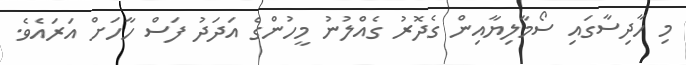
މި ހާދިސާގައި ސޯމާލިޔާއިން ގެދޮރު ގެއްލުނު މީހުންގެ އަދަދު ފަސް ހާހަށް އަރައެވެ.